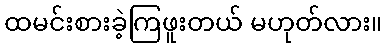
ထမင်းစားခဲ့ကြဖူးတယ် မဟုတ်လား။